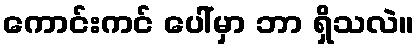
ကောင်းကင် ပေါ်မှာ ဘာ ရှိသလဲ။